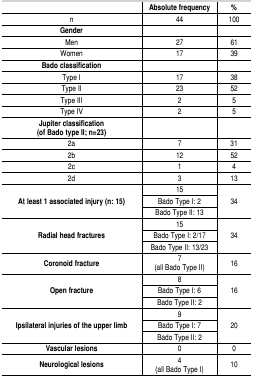
<table><thead><tr><td><b>Absolute frequency</b></td><td><b>%</b></td></tr></thead><tbody><tr><td>n</td><td>44</td><td>100</td></tr><tr><td>Gender</td></tr><tr><td>Men</td><td>27</td><td>61</td></tr><tr><td>Women</td><td>17</td><td>39</td></tr><tr><td>Bado classification</td></tr><tr><td>Type I</td><td>17</td><td>38</td></tr><tr><td>Type II</td><td>23</td><td>52</td></tr><tr><td>Type III</td><td>2</td><td>5</td></tr><tr><td>Type IV</td><td>2</td><td>5</td></tr><tr><td>Jupiter classification (of Bado type II; n=23)</td></tr><tr><td>2a</td><td>7</td><td>31</td></tr><tr><td>2b</td><td>12</td><td>52</td></tr><tr><td>2c</td><td>1</td><td>4</td></tr><tr><td>2d</td><td>3</td><td>13</td></tr><tr><td rowspan="3">At least 1 associated injury (n: 15)</td><td>15</td><td rowspan="3">34</td></tr><tr><td>Bado Type I: 2</td></tr><tr><td>Bado Type II: 13</td></tr><tr><td rowspan="3">Radial head fractures</td><td>15</td><td rowspan="3">34</td></tr><tr><td>Bado Type I: 2/17</td></tr><tr><td>Bado Type II: 13/23</td></tr><tr><td>Coronoid fracture</td><td>7 (all Bado Type II)</td><td>16</td></tr><tr><td rowspan="3">Open fracture</td><td>8</td><td rowspan="3">16</td></tr><tr><td>Bado Type I: 6</td></tr><tr><td>Bado Type II: 2</td></tr><tr><td rowspan="3">Ipsilateral injuries of the upper limb</td><td>9</td><td rowspan="3">20</td></tr><tr><td>Bado Type I: 7</td></tr><tr><td>Bado Type II: 2</td></tr><tr><td>Vascular lesions</td><td>0</td><td>0</td></tr><tr><td>Neurological lesions</td><td>4 (all Bado Type I)</td><td>10</td></tr></tbody></table>